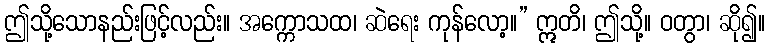
ဤသို့သောနည်းဖြင့်လည်း။ အက္ကောသထ၊ ဆဲရေး ကုန်လော့။” ဣတိ၊ ဤသို့။ ဝတွာ၊ ဆို၍။